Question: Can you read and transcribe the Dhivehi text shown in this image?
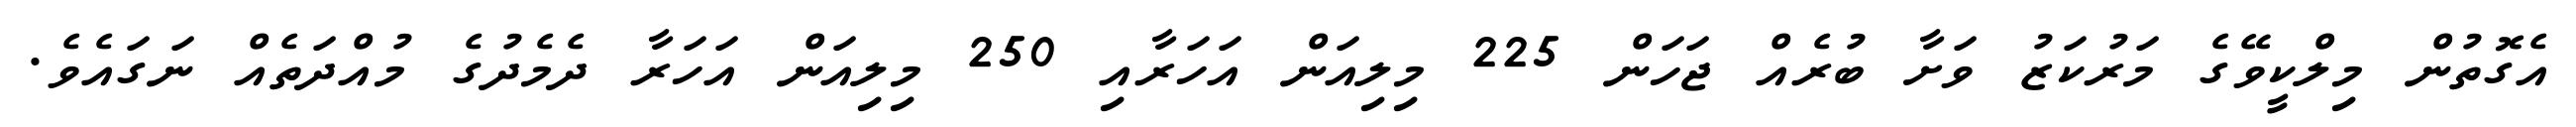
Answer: އެގޮތުން މިލްކީވޭގެ މަރުކަޒު ވަށާ ބުރެއް ޖަހަން 225 މިލިއަން އަހަރާއި 250 މިލިއަން އަހަރާ ދެމެދުގެ މުއްދަތެއް ނަގައެވެ.